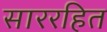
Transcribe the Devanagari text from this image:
साररहित